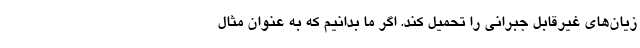
زیان‌های غیرقابل جبرانی را تحمیل کند. اگر ما بدانیم که به عنوان مثال